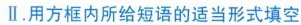
用方框内所给短语的适当形式填空